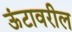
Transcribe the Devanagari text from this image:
ऊंटावरील